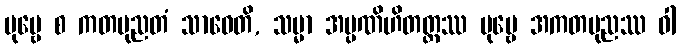
ပုဗ္ဗေ စ ကတပုညတံ သာဓေတိ, သမ္မာ အပ္ပဏိဟိတတ္တဿ ပုဗ္ဗေ အကတပုညဿ ဝါ